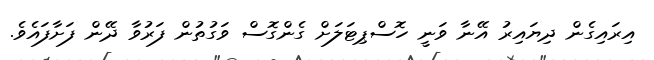
އިރައިގެން ދިޔައިރު އޭނާ ވަނީ ހޮސްޕިޓަލަށް ގެންގޮސް ވަގުތުން ފަރުވާ ދޭން ފަށާފައެވެ.